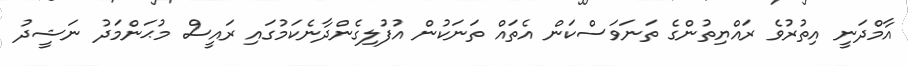
އާމްދަނީ އިތުރުވެ ރައްޔިތުންގެ ތަނަވަސްކަން އެތައް ތަނަކުން އުފުލިގެންދާނެކަމުގައި ރައީސް މުޙަންމަދު ނަޝީދު